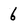
Character: 6